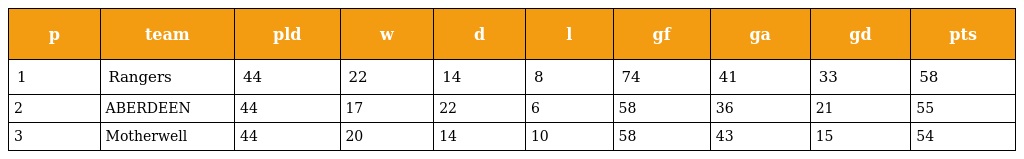
| p | team | pld | w | d | l | gf | ga | gd | pts |
 | --- | --- | --- | --- | --- | --- | --- | --- | --- | --- |
 | 1 | Rangers | 44 | 22 | 14 | 8 | 74 | 41 | 33 | 58 |
 | 2 | ABERDEEN | 44 | 17 | 22 | 6 | 58 | 36 | 21 | 55 |
 | 3 | Motherwell | 44 | 20 | 14 | 10 | 58 | 43 | 15 | 54 |